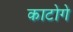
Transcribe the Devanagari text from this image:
काटोगे